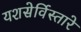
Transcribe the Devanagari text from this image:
यशसेर्विस्तारे